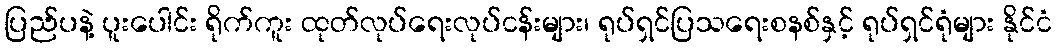
ပြည်ပနဲ့ ပူးပေါင်း ရိုက်ကူး ထုတ်လုပ်ရေးလုပ်ငန်းများ၊ ရုပ်ရှင်ပြသရေးစနစ်နှင့် ရုပ်ရှင်ရုံများ နိုင်ငံ